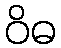
ဝိဓ